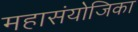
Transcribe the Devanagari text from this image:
महासंयोजिका